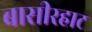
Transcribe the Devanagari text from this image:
बासीरहाट